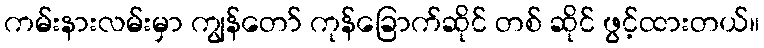
ကမ်းနားလမ်းမှာ ကျွန်တော် ကုန်ခြောက်ဆိုင် တစ် ဆိုင် ဖွင့်ထားတယ်။